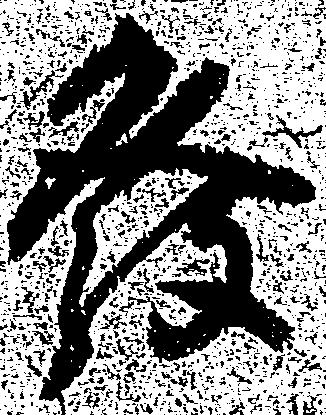
発